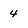
Character: 4